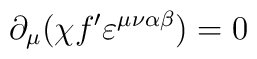
\partial_{\mu}(\chi f^{\prime}\varepsilon^{\mu\nu\alpha\beta})=0